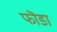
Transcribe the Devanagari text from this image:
फॊडा